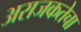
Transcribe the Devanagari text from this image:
अराजकतेचा